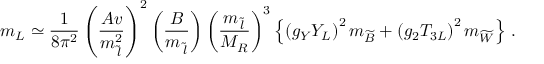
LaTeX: m _ { L } \simeq \frac { 1 } { 8 \pi ^ { 2 } } \left( \frac { A v } { m _ { \tilde { \, l } } ^ { 2 } } \right) ^ { 2 } \left( \frac { B } { m _ { \tilde { \, l } } } \right) \left( \frac { m _ { \tilde { \, l } } } { M _ { R } } \right) ^ { 3 } \left\{ \left( g _ { Y } Y _ { L } \right) ^ { 2 } m _ { \widetilde { B } } + \left( g _ { 2 } T _ { 3 L } \right) ^ { 2 } m _ { \widetilde { W } } \right\} \, .